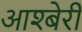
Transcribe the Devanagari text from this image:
आश्बेरी